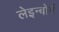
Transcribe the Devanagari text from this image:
लेइन्बोर्ग